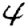
Digit: 4